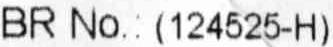
BR NO.: (124525-H)